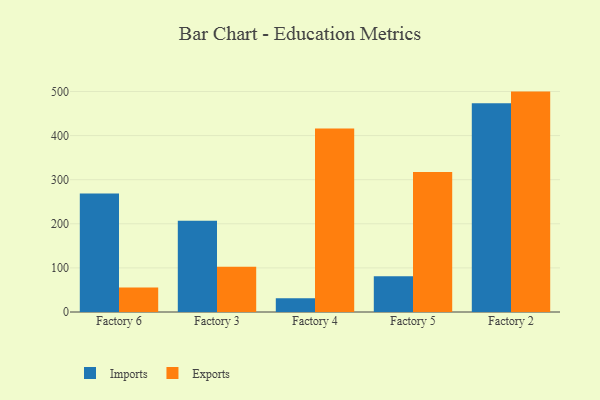
{"axis": {"x": "Factory", "y": "Headcount"}, "legend": ["Exports", "Imports"], "data": [{"x": "Factory 6", "y": 268.8, "type": "Imports"}, {"x": "Factory 6", "y": 55.6, "type": "Exports"}, {"x": "Factory 3", "y": 206.8, "type": "Imports"}, {"x": "Factory 3", "y": 102.5, "type": "Exports"}, {"x": "Factory 4", "y": 31.1, "type": "Imports"}, {"x": "Factory 4", "y": 416.3, "type": "Exports"}, {"x": "Factory 5", "y": 81.2, "type": "Imports"}, {"x": "Factory 5", "y": 317.6, "type": "Exports"}, {"x": "Factory 2", "y": 473.1, "type": "Imports"}, {"x": "Factory 2", "y": 499.7, "type": "Exports"}]}